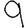
Digit: 9